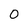
Character: 0